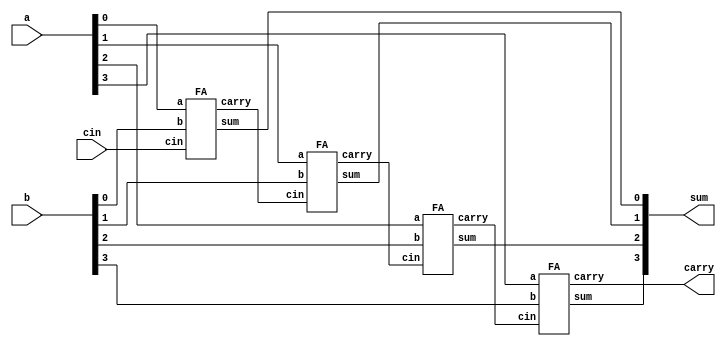

module RCA(a,b,cin,sum,carry);
  input [3:0]a,b;
  input cin;
  output [3:0]sum;
  output carry;
  
  wire c1,c2,c3;
  
  FA u1(a[0],b[0],cin,sum[0],c1);
  FA u2(a[1],b[1],c1,sum[1],c2);
  FA u3(a[2],b[2],c2,sum[2],c3);
  FA u4(a[3],b[3],c3,sum[3],carry);

endmodule


module FA(input a,b,cin,output sum,carry);
  
  assign sum=a^b^cin;
  assign carry=(a^b)&cin|a&b;
  
endmodule